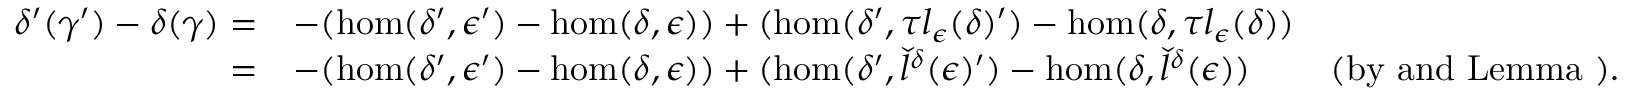
\begin{array} { r l r } { \delta ^ { \prime } ( { \gamma } ^ { \prime } ) - \delta ( { \gamma } ) = } & { - ( \hom ( \delta ^ { \prime } , { \epsilon } ^ { \prime } ) - \hom ( \delta , { \epsilon } ) ) + ( \hom ( \delta ^ { \prime } , \tau l _ { \epsilon } ( \delta ) ^ { \prime } ) - \hom ( \delta , \tau l _ { \epsilon } ( \delta ) ) } & \\ { = } & { - ( \hom ( \delta ^ { \prime } , { \epsilon } ^ { \prime } ) - \hom ( \delta , { \epsilon } ) ) + ( \hom ( \delta ^ { \prime } , { \check { l } } ^ { \delta } ( { \epsilon } ) ^ { \prime } ) - \hom ( \delta , { \check { l } } ^ { \delta } ( { \epsilon } ) ) } & { \mathrm { ( b y ~ a n d ~ L e m m a ~ ) . } } \end{array}